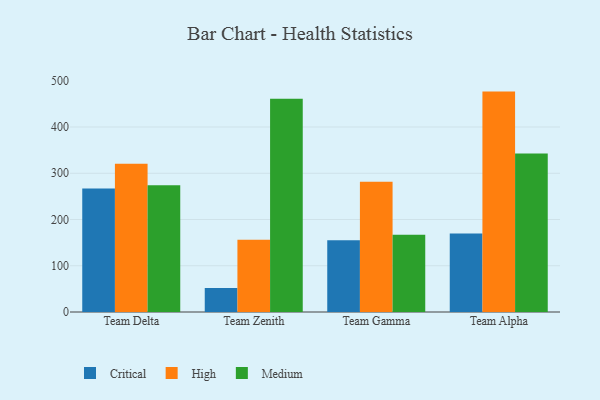
{"axis": {"x": "Team", "y": "Temperature (°C)"}, "legend": ["Critical", "High", "Medium"], "data": [{"x": "Team Delta", "y": 267.3, "type": "Critical"}, {"x": "Team Delta", "y": 320.5, "type": "High"}, {"x": "Team Delta", "y": 273.9, "type": "Medium"}, {"x": "Team Zenith", "y": 51.9, "type": "Critical"}, {"x": "Team Zenith", "y": 156.4, "type": "High"}, {"x": "Team Zenith", "y": 460.9, "type": "Medium"}, {"x": "Team Gamma", "y": 154.9, "type": "Critical"}, {"x": "Team Gamma", "y": 281.6, "type": "High"}, {"x": "Team Gamma", "y": 167.1, "type": "Medium"}, {"x": "Team Alpha", "y": 169.5, "type": "Critical"}, {"x": "Team Alpha", "y": 476.6, "type": "High"}, {"x": "Team Alpha", "y": 343.0, "type": "Medium"}]}